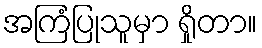
အကြံပြုသူမှာ ရှိုတာ။